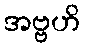
အဗ္ဗဟိ